Leaving Certificate Examination (including Day School Certificate (Higher) General paper), 1932
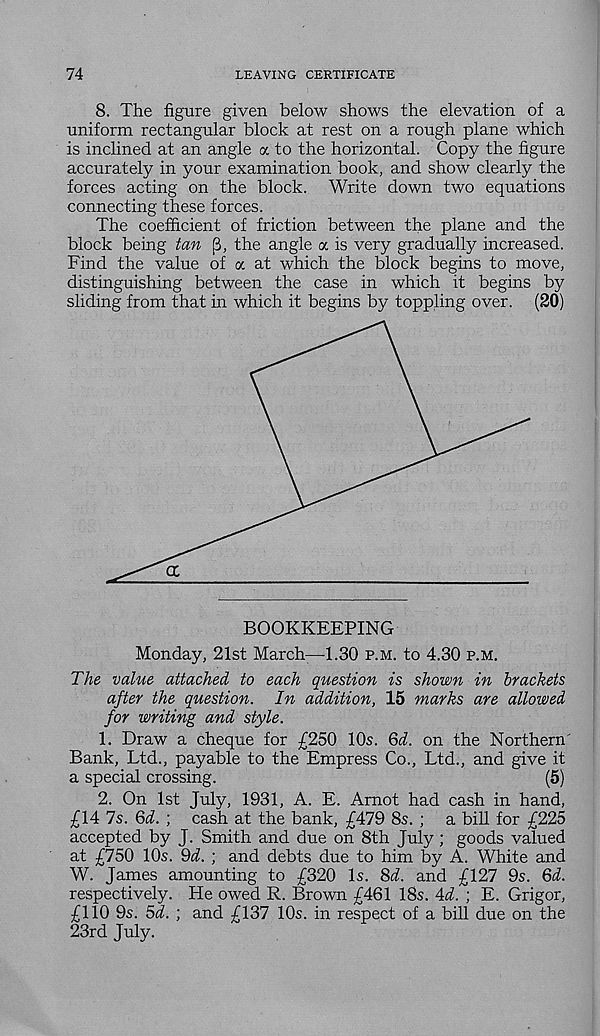
74
LEAVING CERTIFICATE
8. The figure given below shows the elevation of a
uniform rectangular block at rest on a rough plane which
is inclined at an angle a to the horizontal. Copy the figure
accurately in your examination book, and show clearly the
forces acting on the block. Write down two equations
connecting these forces.
The coefficient of friction between the plane and the
block being tan (T the angle a is very gradually increased.
Find the value of a at which the block begins to move,
distinguishing between the case in which it begins by
sliding from that in which it begins by toppling over. (20)
Monday, 21st March—1.30 p.m. to 4.30 p.m.
The value attached to each question is shown in brackets
after the question. In addition, 15 marks are allowed
for writing and style.
1. Draw a cheque for £250 10s. Qd. on the Northern'
Bank, Ltd., payable to the Empress Co., Ltd., and give it
a special crossing.
(5)
2. On 1st July, 1931, A. E. Arnot had cash in hand,
£14 Is. Qd. ; cash at the bank, £479 8s. ; a bill for £225
accepted by J. Smith and due on 8th July; goods valued
at £750 10s. Qd. ; and debts due to him by A. White and
W. James amounting to £320 Is. 8d. and £127 9s. &d.
respectively. He owed R. Brown £461 18s. Ad. ; E. Grigor,
£110 9s. 5d. ; and £137 10s. in respect of a bill due on the
23rd July.